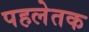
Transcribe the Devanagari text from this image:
पहलेतक